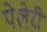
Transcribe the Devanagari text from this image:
पेलेरी